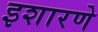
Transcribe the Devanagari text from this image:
इशारणे